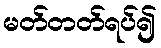
မတ်တတ်ရပ်၍